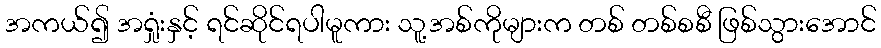
အကယ်၍ အရှုံးနှင့် ရင်ဆိုင်ရပါမူကား သူ့အစ်ကိုများက တစ် တစ်စစီ ဖြစ်သွားအောင်